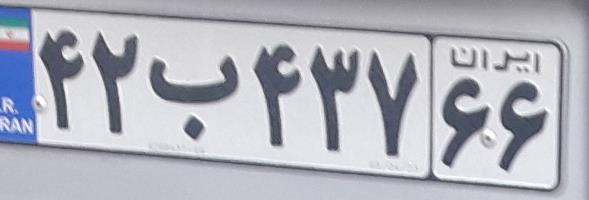
۴۲ب۴۳۷۶۶